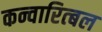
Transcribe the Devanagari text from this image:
कन्वारित्बल